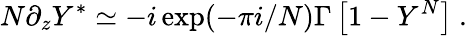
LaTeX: N\partial_{z}Y^{*}\simeq-i\exp(-\pi i/N)\Gamma\left[1-Y^{N}\right]~.